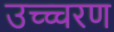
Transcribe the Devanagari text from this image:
उच्च्चरण